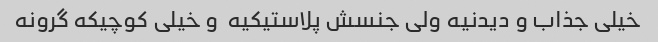
خیلی جذاب و دیدنیه ولی جنسش پلاستیکیه  و خیلی کوچیکه گرونه